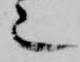
也